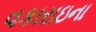
વકારાઇના